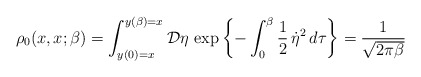
\begin{align*}\rho_0(x,x;\beta)=\int_{y(0)=x}^{y(\beta)=x}{\cal D}\eta\,\exp\left\{-\int_0^{\beta}\frac{1}{2}\,\dot{\eta}^2\,d\tau\right\}=\frac{1}{\sqrt{2\pi\beta}}\end{align*}